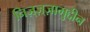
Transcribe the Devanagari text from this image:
निज़्ज़्ज़ामुद्दीन